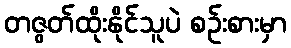
တဇွတ်ထိုးနိုင်သူပဲ စဉ်းစားမှာ